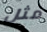
مثل